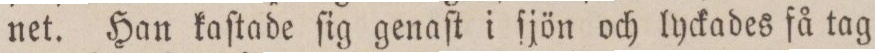
net. Han kaſtade ſig genaſt i ſjön och lyckades få tag